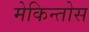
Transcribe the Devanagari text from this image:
मेकिन्तोस